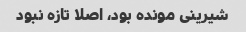
شیرینی مونده بود، اصلا تازه نبود